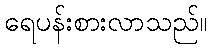
ရေပန်းစားလာသည်။